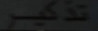
تدّير